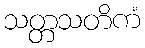
သတ္တသတိကံ